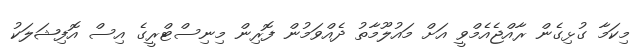
މިކަމާ ގުޅިގެން ރާއްޖެއެމްވީ އަށް މައުލޫމާތު ދެއްވަމުން ފޮރިން މިނިސްޓްރީގެ އިސް އޮފިޝަލަކު